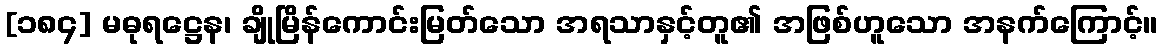
[၁၈၄] မဓုရဋ္ဌေန၊ ချိုမြိန်ကောင်းမြတ်သော အရသာနှင့်တူ၏ အဖြစ်ဟူသော အနက်ကြောင့်။